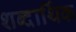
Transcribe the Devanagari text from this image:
शब्दार्थिक